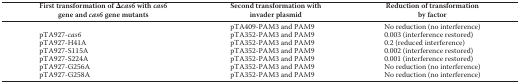
| First transformation of Δcas6 with cas6 gene and cas6 gene mutants | Second transformation with invader plasmid | Reduction of transformation by factor |
 | --- | --- | --- |
 |  | pTA409-PAM3 and PAM9 | No reduction (no interference) |
 | pTA927-cas6 | pTA352-PAM3 and PAM9 | 0.003 (interference restored) |
 | pTA927-H41A | pTA352-PAM3 and PAM9 | 0.2 (reduced interference) |
 | pTA927-S115A | pTA352-PAM3 and PAM9 | 0.002 (interference restored) |
 | pTA927-S224A | pTA352-PAM3 and PAM9 | 0.001 (interference restored) |
 | pTA927-G256A | pTA352-PAM3 and PAM9 | No reduction (no interference) |
 | pTA927-G258A | pTA352-PAM3 and PAM9 | No reduction (no interference) |